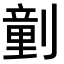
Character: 𠟍